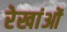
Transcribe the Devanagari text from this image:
रेखांओं